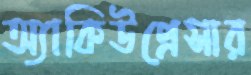
অ্যাকিউপ্রেসার